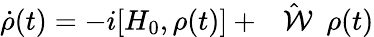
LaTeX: \dot{\rho}(t)=-i[H_{0},\rho(t)]+\hat{\mathrm{~{~\cal~W~}~}}\rho(t)